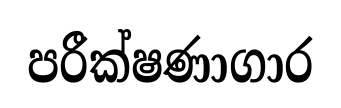
පරීක්ෂණාගාර